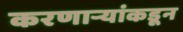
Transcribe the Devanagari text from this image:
करणाऱ्यांकडून